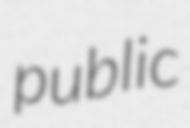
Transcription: public